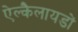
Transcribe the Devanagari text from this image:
ऐल्कैलायडों